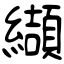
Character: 纈